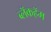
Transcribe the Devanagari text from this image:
ब्लॅकहॅम